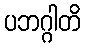
ပဘဂ္ဂါတိ